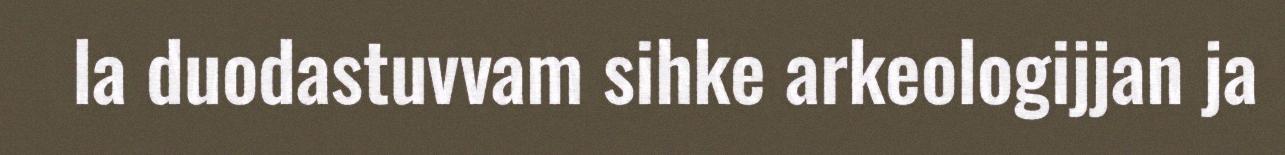
la duodastuvvam sihke arkeologijjan ja